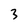
Character: 3